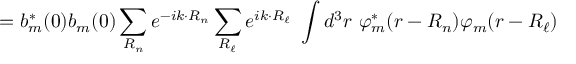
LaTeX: = b _ { m } ^ { * } ( 0 ) b _ { m } ( 0 ) \sum _ { \boldsymbol { R _ { n } } } e ^ { - i { \boldsymbol { k \cdot R _ { n } } } } \sum _ { \boldsymbol { R _ { \ell } } } e ^ { i { \boldsymbol { k \cdot R _ { \ell } } } } \ \int d ^ { 3 } r \ \varphi _ { m } ^ { * } ( { \boldsymbol { r - R _ { n } } } ) \varphi _ { m } ( { \boldsymbol { r - R _ { \ell } } } )